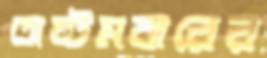
অষ্টমবারের